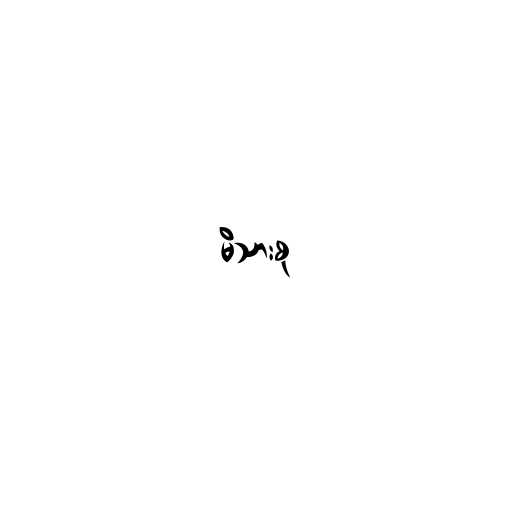
မိသားစု